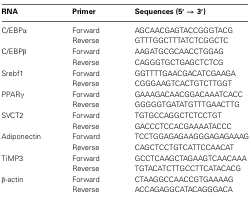
<table><thead><tr><td><b>RNA</b></td><td><b>Primer</b></td><td><b>Sequences (5′ → 3′)</b></td></tr></thead><tbody><tr><td>C/EBPα</td><td>Forward</td><td>AGCAACGAGTACCGGGTACG</td></tr><tr><td></td><td>Reverse</td><td>GTTTGGCTTTATCTCGGCTC</td></tr><tr><td>C/EBPβ</td><td>Forward</td><td>AAGATGCGCAACCTGGAG</td></tr><tr><td></td><td>Reverse</td><td>CAGGGTGCTGAGCTCTCG</td></tr><tr><td>Srebf1</td><td>Forward</td><td>GGTTTTGAACGACATCGAAGA</td></tr><tr><td></td><td>Reverse</td><td>CGGGAAGTCACTGTCTTGGT</td></tr><tr><td>PPARγ</td><td>Forward</td><td>GAAAGACAACGGACAAATCACC</td></tr><tr><td></td><td>Reverse</td><td>GGGGGTGATATGTTTGAACTTG</td></tr><tr><td>SVCT2</td><td>Forward</td><td>TGTGCCAGGCTCTCCTGT</td></tr><tr><td></td><td>Reverse</td><td>GACCCTCCACGAAAATACCC</td></tr><tr><td>Adiponectin</td><td>Forward</td><td>TCCTGGAGAGAAGGGAGAGAAAG</td></tr><tr><td></td><td>Reverse</td><td>CAGCTCCTGTCATTCCAACAT</td></tr><tr><td>TiMP3</td><td>Forward</td><td>GCCTCAAGCTAGAAGTCAACAAA</td></tr><tr><td></td><td>Reverse</td><td>TGTACATCTTGCCTTCATACACG</td></tr><tr><td>β-actin</td><td>Forward</td><td>CTAAGGCCAACCGTGAAAAG</td></tr><tr><td></td><td>Reverse</td><td>ACCAGAGGCATACAGGGACA</td></tr></tbody></table>